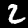
Digit: 2